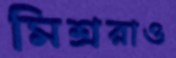
মিশ্ররাও